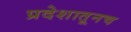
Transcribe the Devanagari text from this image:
प्रदेशातूनच